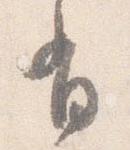
有